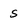
Character: S